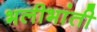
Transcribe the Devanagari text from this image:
भलीभांती